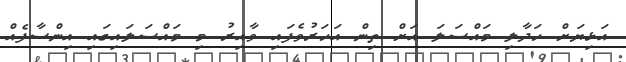
އަޅިޔަށް ހަދާލި މައްސަލަ އަށް ތިން އަހަރުވެފައި ވާއިރު މި މައްސަލައިގައި އިންސާފެއް